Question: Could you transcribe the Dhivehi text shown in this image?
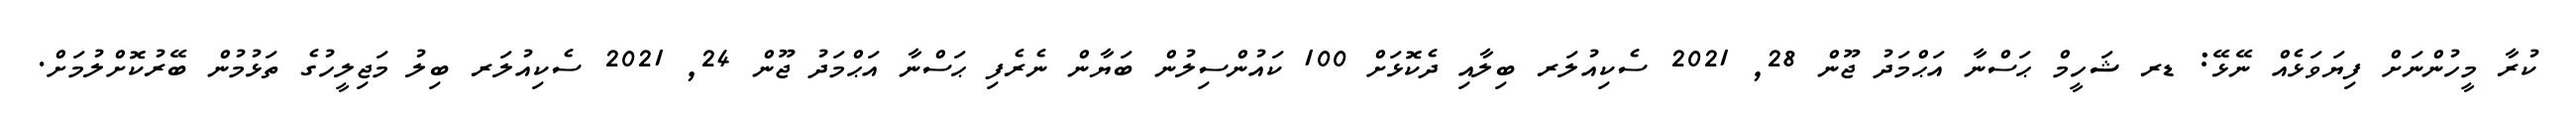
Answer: ކުރާ މީހުންނަށް ފިޔަވަޅެއް ނޭޅޭ: ޑރ ޝަހީމް ޙަސްނާ އަޙްމަދު ޖޫން 28, 2021 ސެކިއުލަރ ބިލާއި ދެކޮޅަށް 100 ކައުންސިލުން ބަޔާން ނެރެފި ޙަސްނާ އަޙްމަދު ޖޫން 24, 2021 ސެކިއުލަރ ބިލު މަޖިލީހުގެ ތަޅުމުން ބޭރުކޮށްލުމަށް.